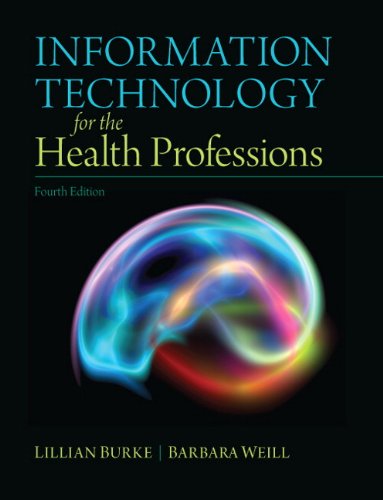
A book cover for Information Technology for the Health Professions (4th Edition); Lillian Burke; Medical Books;